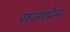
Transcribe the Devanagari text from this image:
सत्यप्रेम